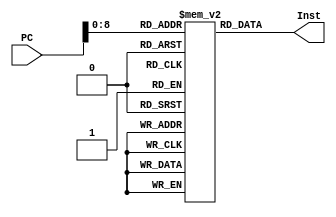
`timescale 1ns / 1ps
//////////////////////////////////////////////////////////////////////////////////
// Company: 
// Engineer: 
// 
// Design Name: 
// Module Name:    INSTRUCTION_MEM 
// Project Name: 
// Target Devices: 
// Tool versions: 
// Description: 
//
// Dependencies: 
//
// Revision: 
// Revision 0.01 - File Created
// Additional Comments: 
//
//////////////////////////////////////////////////////////////////////////////////
module INSTRUCTION_MEM(PC,Inst); 
    input [31:0] PC; 
    output [31:0] Inst; 
     
    reg [31:0] instmem[511:0];//32-bit locations of Instruction Memory
     
    assign Inst = instmem[PC]; //assigns output to instruction 
     
endmodule